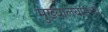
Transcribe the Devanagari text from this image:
मुख्यालयांमध्ये